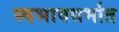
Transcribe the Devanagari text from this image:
स्वभावधर्मात